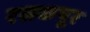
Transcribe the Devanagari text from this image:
रसकपूर